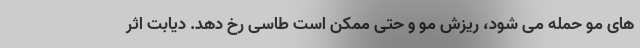
های مو حمله می شود، ریزش مو و حتی ممکن است طاسی رخ دهد. دیابت اثر